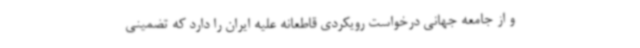
و از جامعه جهانی درخواست رویکردی قاطعانه علیه ایران را دارد که تضمینی